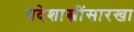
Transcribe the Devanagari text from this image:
पदेशास्त्रींसारखा